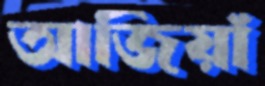
আজিয়াঁ